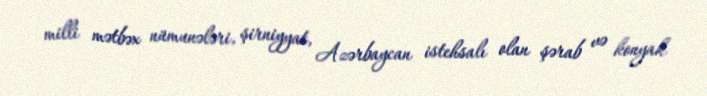
milli mətbəx nümunələri, şirniyyat, Azərbaycan istehsalı olan şərab və konyak